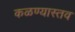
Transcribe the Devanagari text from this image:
कळण्यास्तव